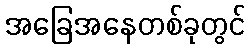
အခြေအနေတစ်ခုတွင်